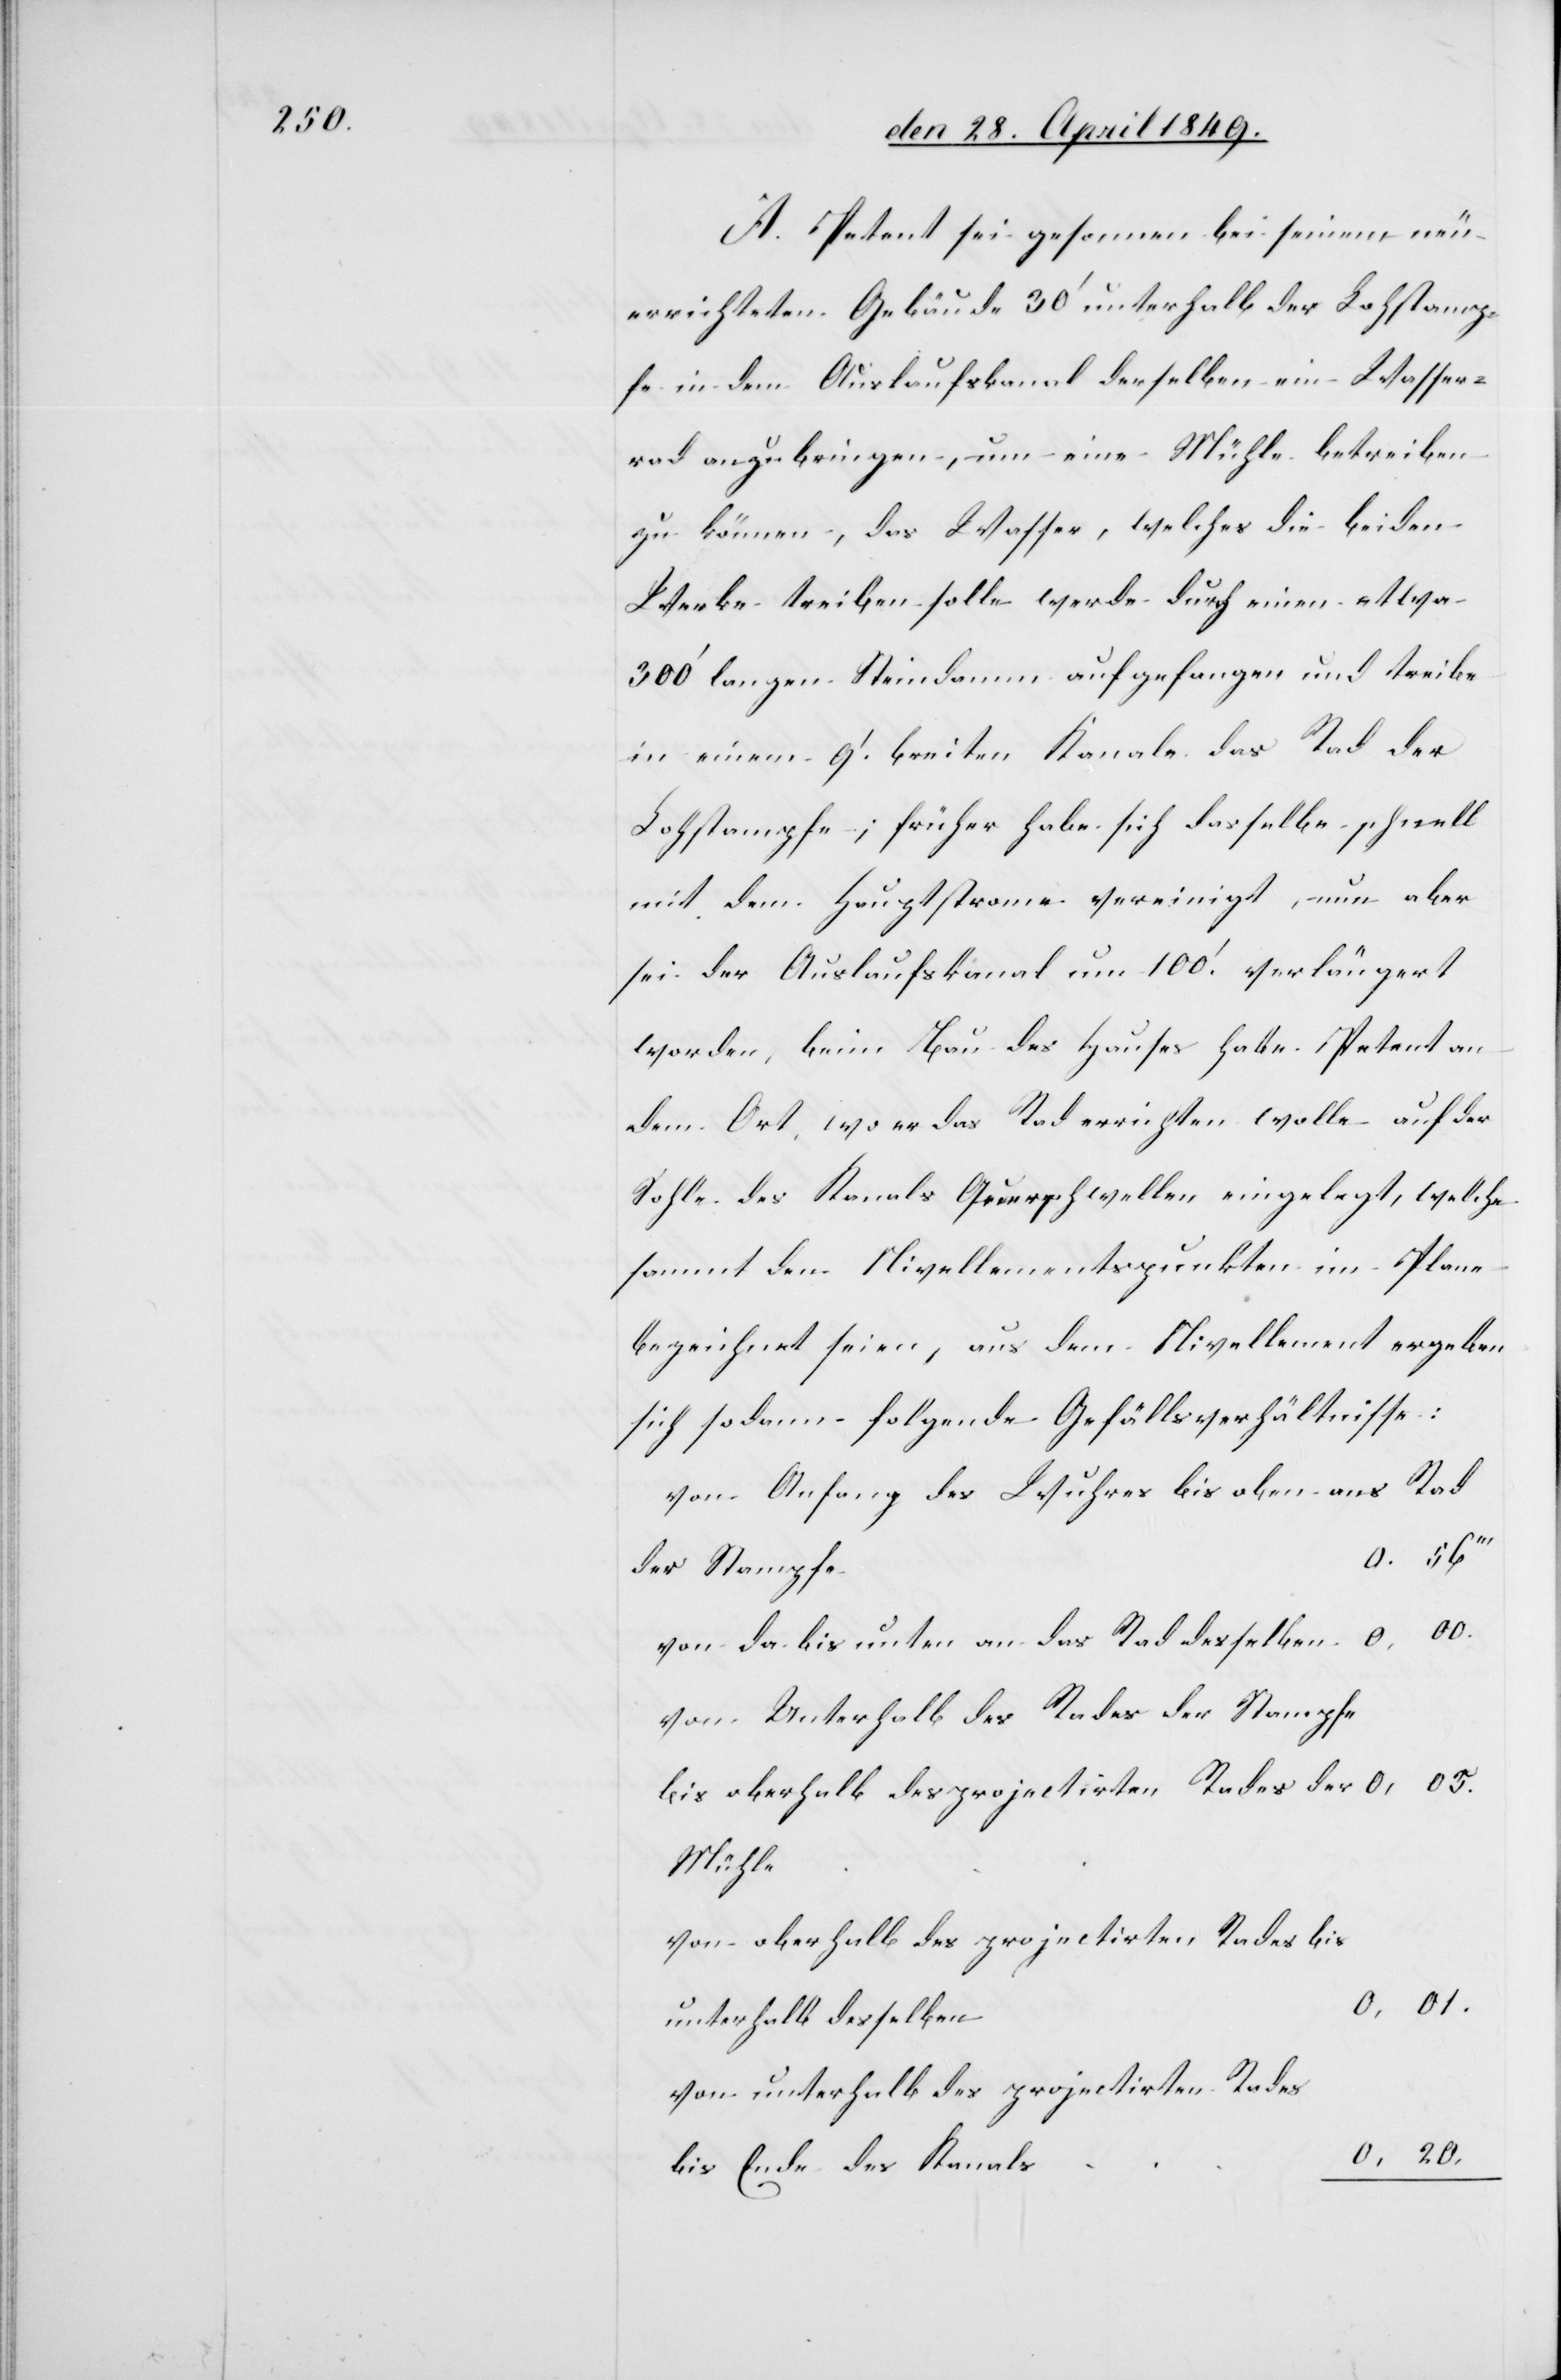
A. Petent sei gesonnen bei seinem neu¬
errichteten Gebäude 30‘ unterhalb der Lohstamp¬
fe in dem Auslaufskanal derselben ein Wasser¬
rad anzubringen, um eine Mühle betreiben
zu können, das Wasser, welches die beiden
Werke treiben solle werde durch einen etwa
300‘ langen Steindamm aufgefangen und treibe
in einem 9‘ breiten Kanale, das Rad der
Lohstampfe; früher habe sich dasselbe schnell
mit dem Hauptstrome vereinigt, nun aber
sei der Auslaufskanal um 100‘ verlängert
worden, beim Bau des Hauses habe Petent an
dem Ort, wo er das Rad errichten wolle auf der
Sohle des Kanals Querrschwellen eingelegt, welche
sammt den Nivellementspunkten im Plane
bezeichnet seien, aus dem Nivellement ergeben
sich sodann folgende Gefällsverhältnisse:
von Anfang des Wuhres bis oben ans Rad
von da bis unten an das Rad desselben
von Unterhalb des Rades der Stampfe
von oberhalb des projectirten Rades bis